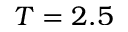
T = 2 . 5